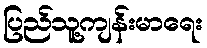
ပြည်သူ့ကျန်းမာရေး